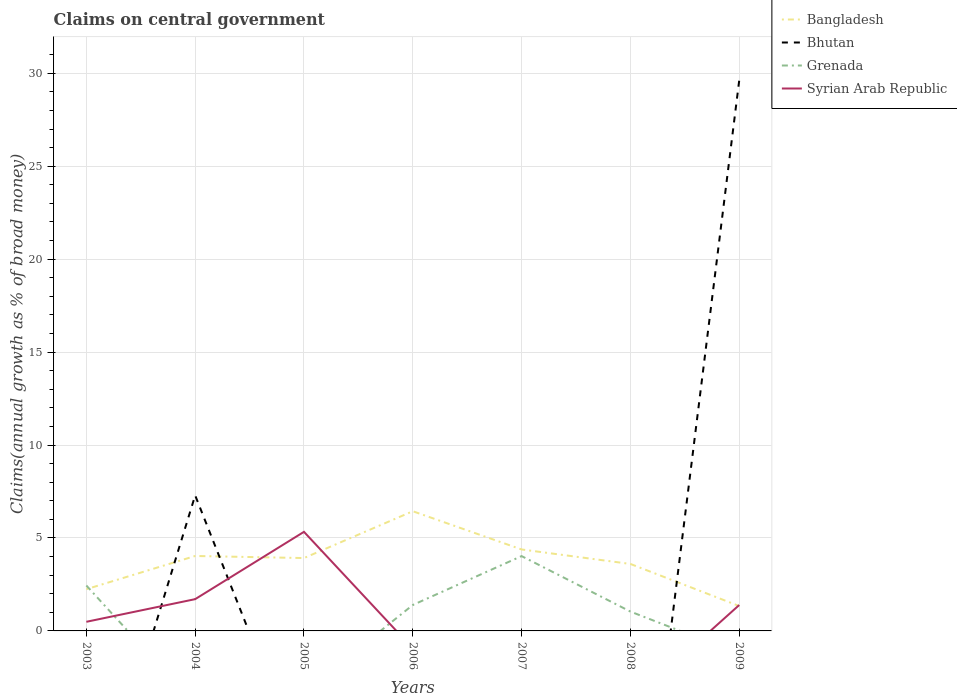
| Years | Bangladesh | Bhutan | Grenada | Syrian Arab Republic |
 | --- | --- | --- | --- | --- |
 | 2003 | 2.24 | -11.8 | 2.44 | 0.491 |
 | 2004 | 4.03 | 7.29 | -3.97 | 1.71 |
 | 2005 | 3.92 | -7.52 | -3.31 | 5.33 |
 | 2006 | 6.44 | -5.26 | 1.4 | -0.942 |
 | 2007 | 4.38 | -5.34 | 4.03 | -0.163 |
 | 2008 | 3.6 | -17.4 | 1.04 | -3.86 |
 | 2009 | 1.34 | 29.6 | -1.24 | 1.39 |